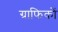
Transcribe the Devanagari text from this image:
ग्राफिकों